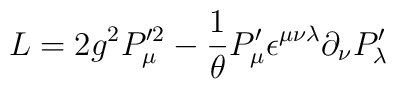
{\sl L} = 2 g^2 P^{\prime 2}_{\mu} - {1 \over {\theta}} P^{\prime}_\mu \epsilon^{\mu \nu \lambda} \partial_\nu  P^{\prime}_\lambda